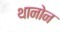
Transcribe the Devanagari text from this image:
थानोन